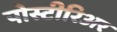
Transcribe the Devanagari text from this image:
पोस्टीरिअर